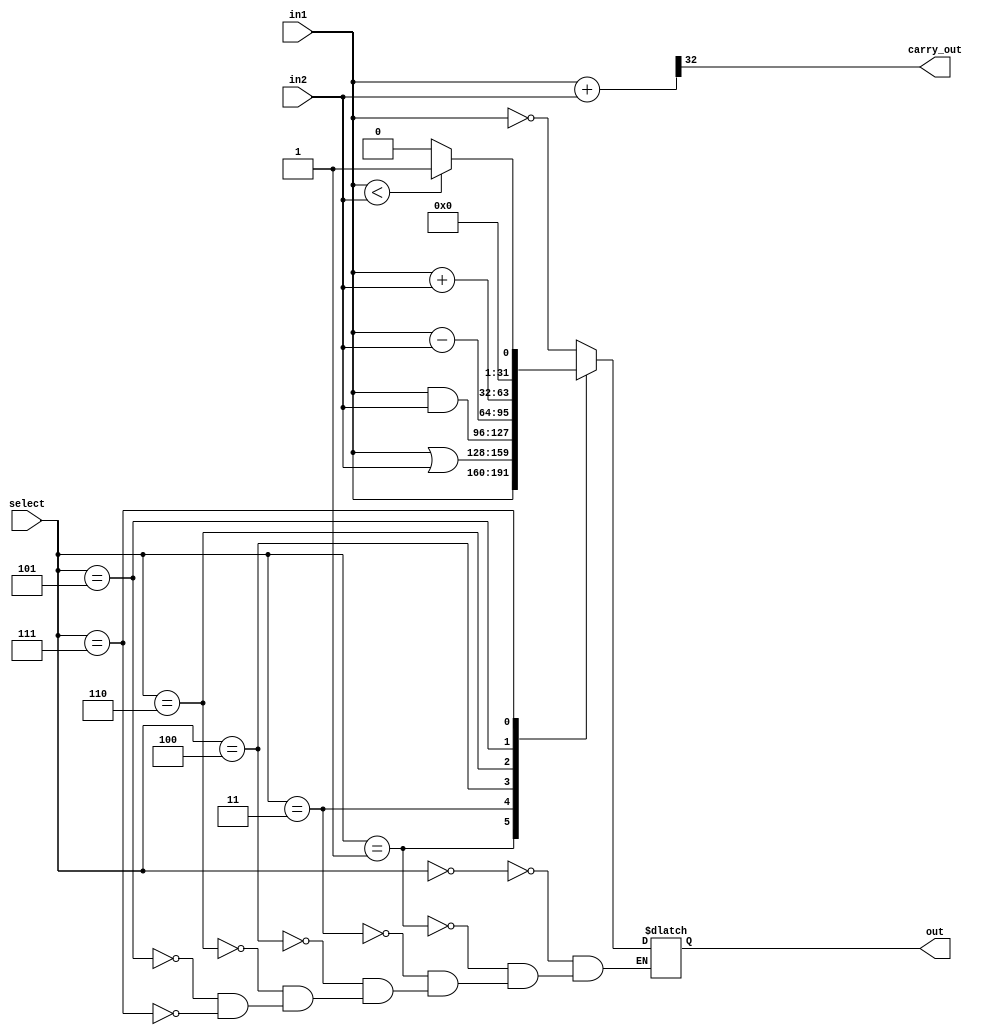
`timescale 1ns / 1ps
//////////////////////////////////////////////////////////////////////////////////
// Company: 
// Engineer: 
// 
// Design Name: 
// Module Name: nbit_ALU
// Project Name: 
// Target Devices: 
// Tool Versions: 
// Description: 
// 
// Dependencies: 
// 
// Revision:
// Revision 0.01 - File Created
// Additional Comments:
// 
//////////////////////////////////////////////////////////////////////////////////
module nbit_ALU(in1, in2, select, carry_out, out);

    parameter data_width = 32;
    parameter select_width = 3;
    
    input       [data_width-1:0]            in1, in2;
    input       [select_width-1:0]          select;
    output                                  carry_out;
    output      [data_width-1:0]            out;
    
    reg         [data_width-1:0]            ALU_result;
    wire        [data_width:0]              temp_sum;
    
    assign out = ALU_result;
    assign temp_sum = {1'b0, in1} + {1'b0, in2};
    assign carry_out = temp_sum[data_width];
    
    always @(*)
        begin
            case(select)
            3'b000:
                ALU_result = ~in1;
            3'b001:
                ALU_result = in1;
            3'b011:
                ALU_result = (in1 | in2);
            3'b100:
                ALU_result = (in1 & in2);
            3'b110:
                ALU_result = in1 - in2;
            3'b101:
                ALU_result = in1 + in2;
            3'b111:
                ALU_result = (in1 < in2) ? 1 : 0;        
            endcase        
        end
  
endmodule